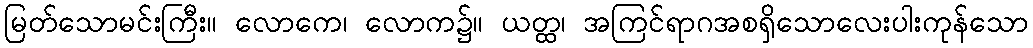
မြတ်သောမင်းကြီး။ လောကေ၊ လောက၌။ ယတ္ထ၊ အကြင်ရာဂအစရှိသောလေးပါးကုန်သော